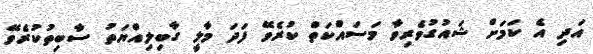
އަދި އެ ކަމަށް ޝައުގުވެރިވާ މަސައްކަތް ކުރެވޭ ފަދަ މާލީ ގާބިލިއްޔަތު ސާބިތުކުރެވޭ